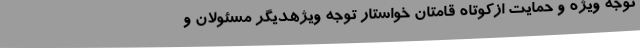
توجه ویژه و حمایت ازکوتاه قامتان خواستار توجه ویژهدیگر مسئولان و